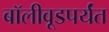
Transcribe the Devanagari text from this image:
बॉलीवूडपर्यंत